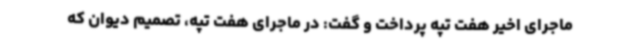
ماجرای اخیر هفت تپه پرداخت و گفت: در ماجرای هفت تپه، تصمیم دیوان که